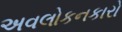
અવલોકનકારો